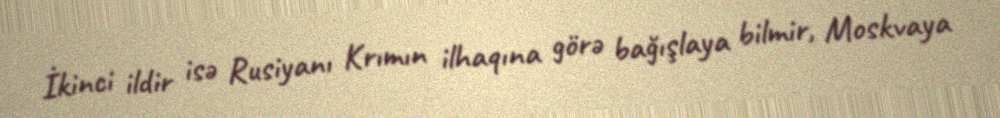
İkinci ildir isə Rusiyanı Krımın ilhaqına görə bağışlaya bilmir, Moskvaya